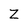
Character: Z